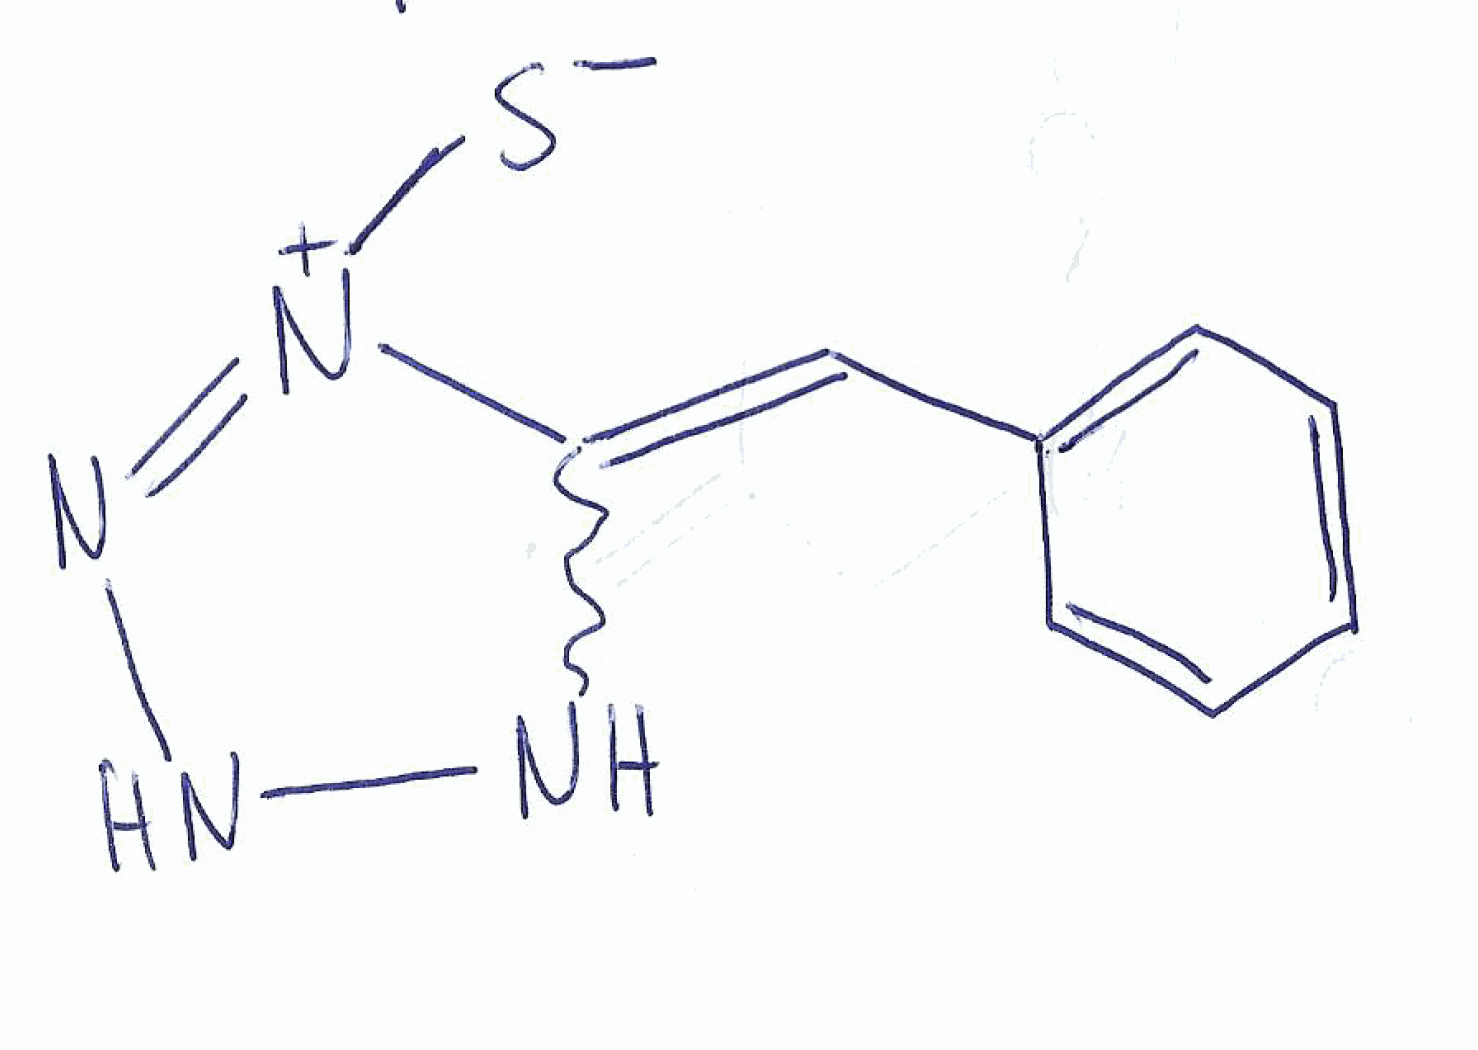
Simplified molecular-input line-entry system (SMILES) notation of the given molecule:
C1=CC=C(C=C1)C=C2NNN=[N+]2[S-]